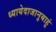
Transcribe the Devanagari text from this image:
ध्यायेदाजानुबाहुं